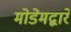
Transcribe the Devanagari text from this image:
मोडेमद्वारे